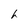
Character: h